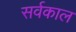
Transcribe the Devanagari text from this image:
सर्वकाल